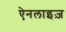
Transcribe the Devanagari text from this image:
ऐनलाइज़